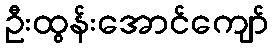
ဦးထွန်းအောင်ကျော်